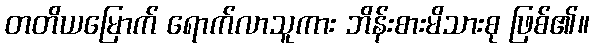
တတိယမြောက် ရောက်လာသူကား ဘိန်းစားမိသားစု ဖြစ်၏။